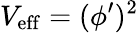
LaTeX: V_{\mathrm{eff}}=(\phi^{\prime})^{2}